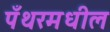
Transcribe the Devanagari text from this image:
पँथरमधील